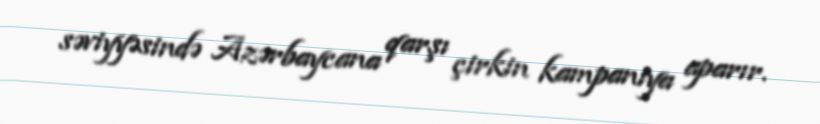
səviyyəsində Azərbaycana qarşı çirkin kampaniya aparır.